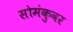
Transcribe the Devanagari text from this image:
सोमंकुवर